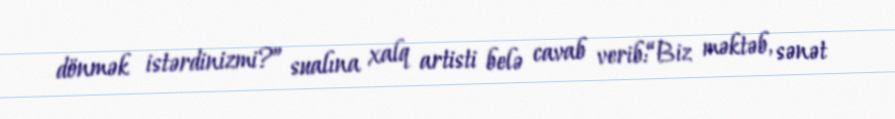
dönmək istərdinizmi?” sualına xalq artisti belə cavab verib:“Biz məktəb, sənət